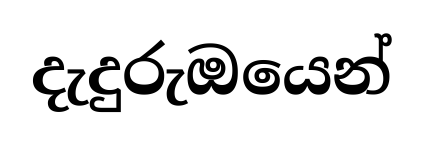
දැදුරුඔයෙන්